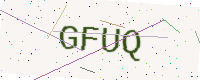
Text: GFUQ